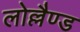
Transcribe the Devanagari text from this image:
लोल्लैण्ड